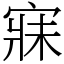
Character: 寐